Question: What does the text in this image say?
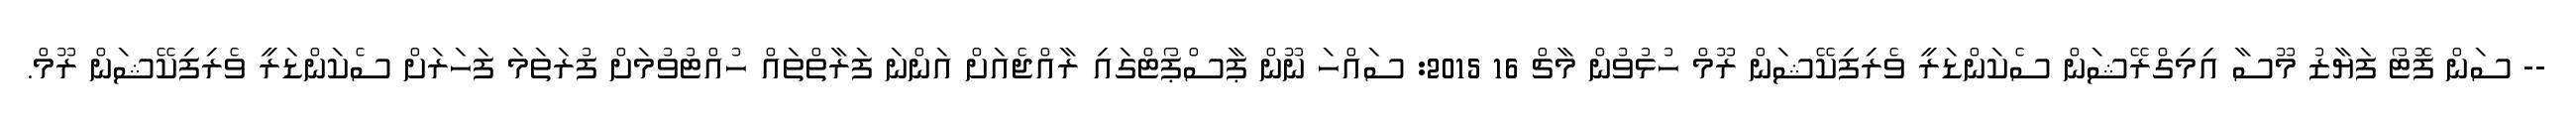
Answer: -- ސަން ފޮޓޯ ފަޔާޒު މޫސާ އިމިގްރޭޝަން ސެކަންޑަރީ ވެރިފިކޭޝަން ރޫމް ހުޅުވުން މާޗް 16 2015: ސައްހަ ނޫން ޕާސްޕޯޓްގައި ރާއްޖެއަށް އަންނަ ފަރާތްތައް ހުއްޓުވުމަށް ފުރަތަމަ ފަހަރަށް ސެކަންޑަރީ ވެރިފިކޭޝަން ރޫމް.